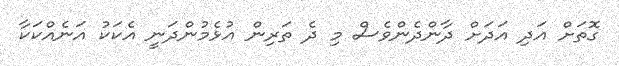
ގޮތަށް އަދި އަދަށް ދާންދެންވެސް މި ދެ ތަރިން އުޅެމުންދަނީ އެކަކު އަނެއްކަކާ